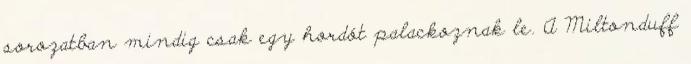
sorozatban mindig csak egy hordót palackoznak le. A Miltonduff